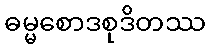
ဓမ္မစောဒစုဒိတဿ